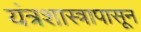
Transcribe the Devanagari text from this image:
यंत्रशास्त्रापासून